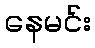
နေမင်း